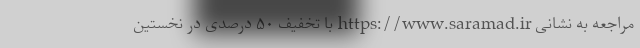
مراجعه به نشانی https://www.saramad.ir با تخفیف ۵۰ درصدی در نخستین